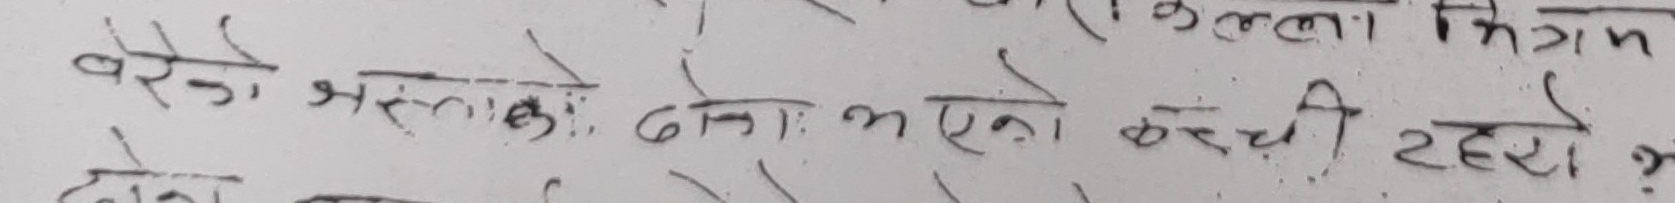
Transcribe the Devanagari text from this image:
परेको जस्तो लागेको दिन भएको खर्च रहेर भ
दोन देना